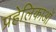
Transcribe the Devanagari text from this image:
प्रहेलिकाओं